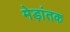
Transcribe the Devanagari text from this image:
मेड़ांतक